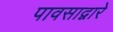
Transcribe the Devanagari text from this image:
पावसाद्वारे